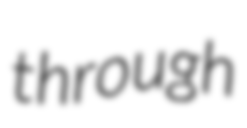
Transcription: through